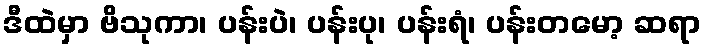
ဒီထဲမှာ ဗိသုကာ၊ ပန်းပဲ၊ ပန်းပု၊ ပန်းရံ၊ ပန်းတမော့ ဆရာ